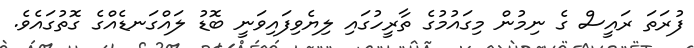
ފުރަތަ ރައީސް ގެ ނިމުން މިގައުމުގެ ތާރީހުގައި ލިޔެވިފައިވަނީ ބޮޑު ލައްގަނޑެއްގެ ގޮތުގައެވެ.